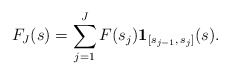
\begin{align*} F_J(s) = \sum_{j=1}^{J}F(s_j)\mathbf{1}_{[s_{j-1},\, s_{j}]}(s).\end{align*}